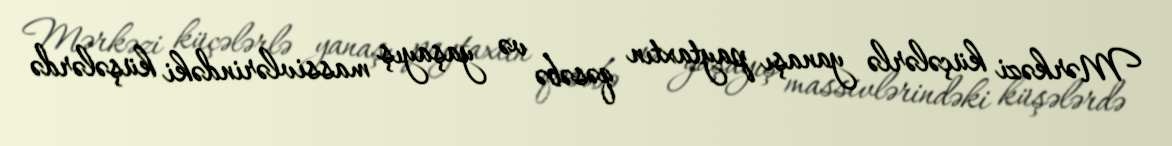
Mərkəzi küçələrlə yanaşı paytaxtın qəsəbə və yaşayış massivlərindəki küşələrdə